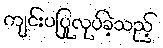
ကျင်းပပြုလုပ်ခဲ့သည့်